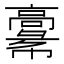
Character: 𩫚